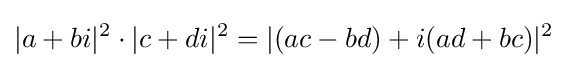
|a+bi|^{2}\cdot |c+di|^{2}=|(ac-bd)+i(ad+bc)|^{2}